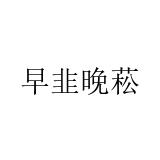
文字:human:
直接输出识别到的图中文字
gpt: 早韭晚菘